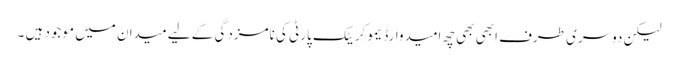
لیکن دوسری طرف ابھی بھی چھ امیدوارڈیموکریٹک پارٹی کی نامزدگی کے لیے میدان میں موجود ہیں ۔